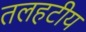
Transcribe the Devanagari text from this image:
तलहटीय